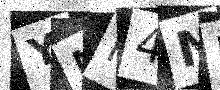
Text: YNM4ND